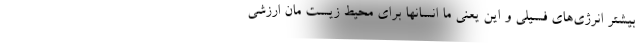
بیشتر انرژی‌های فسیلی و این یعنی ما انسانها برای محیط زیست مان ارزشی